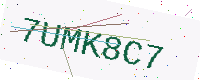
Text: 7UMK8C7